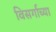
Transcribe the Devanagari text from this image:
विसर्गाच्या